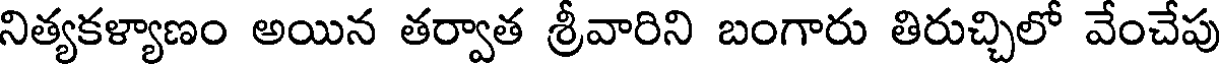
నిత్యకళ్యాణం అయిన తర్వాత శ్రీవారిని బంగారు తిరుచ్చిలో వేంచేపు